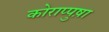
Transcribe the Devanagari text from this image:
कोराप्पुष़ा